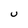
Character: U